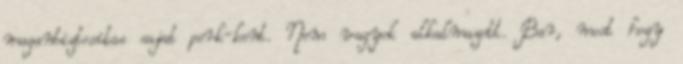
maganbiztositas sajat perk-kent. Nem vagyok alkalmazott. Bar, most hogy